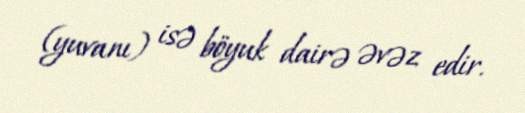
(yuvanı) isə böyuk dairə əvəz edir.